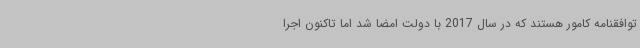
توافقنامه کامور هستند که در سال 2017 با دولت امضا شد اما تاکنون اجرا